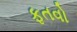
ફતવો